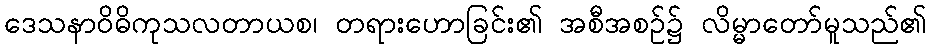
ဒေသနာဝိဓိကုသလတာယစ၊ တရားဟောခြင်း၏ အစီအစဉ်၌ လိမ္မာတော်မူသည်၏